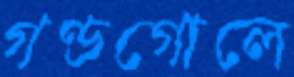
গণ্ডগোলে